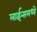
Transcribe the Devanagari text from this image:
लाईन्समध्ये